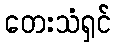
တေးသံရှင်